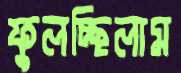
ফুলচ্ছিলাম